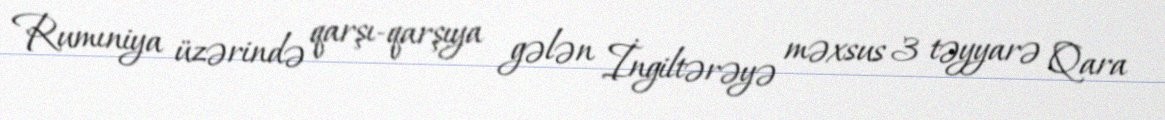
Rumıniya üzərində qarşı-qarşıya gələn İngiltərəyə məxsus 3 təyyarə Qara